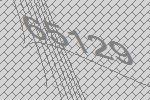
65129